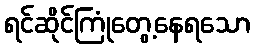
ရင်ဆိုင်ကြုံတွေ့နေရသော